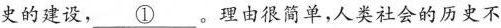
史的建设，\underline{①}。理由很简单，人类社会的历史不